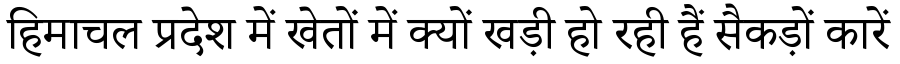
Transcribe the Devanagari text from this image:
हिमाचल प्रदेश में खेतों में क्यों खड़ी हो रही हैं सैकड़ों कारें